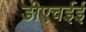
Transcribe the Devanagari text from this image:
डीएचईई